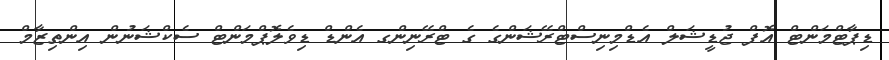
ޑިޕާޓްމަންޓް އޮފް ޖުޑީޝަލް އެޑްމިނިސްޓްރޭޝަންގެ ގެ ޓްރޭނިންގ އެންޑް ޑިވެލޮޕްމަންޓް ސެކްޝަނުން އިންތިޒާމް